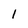
Character: l